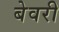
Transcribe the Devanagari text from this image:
बेवरी